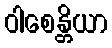
ဝါစေန္တိယာ